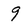
Character: 9